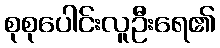
စုစုပေါင်းလူဦးရေ၏